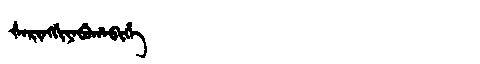
Manchu: ᡧᠠᡵᡳᠩᡤᡳᠶᠠᠪᡠᡥᠠᠪᡳᡥᡝ
Romanization: ŠARINGGIYABUHABIHE